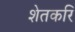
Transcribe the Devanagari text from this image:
शेतकरि